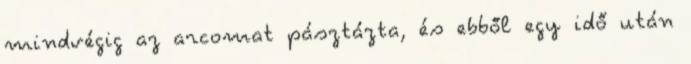
mindvégig az arcomat pásztázta, és ebből egy idő után